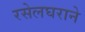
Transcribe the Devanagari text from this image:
रसेलघराने